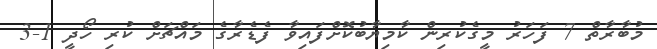
މުބާރާތް 7 ފަހަރު މީގެކުރިން ކާމިޔާބުކޮށްފައިވާ ފެޑެރާގެ މައްޗަށް ކުރި ހޯދީ 1-3